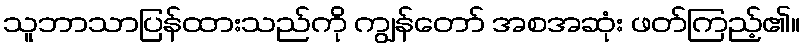
သူဘာသာပြန်ထားသည်ကို ကျွန်တော် အစအဆုံး ဖတ်ကြည့်၏။